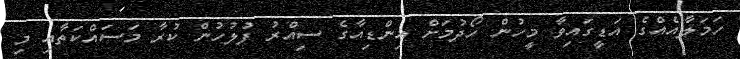
ހަމަލާއެއްގެ އަޑީގައިވާ މީހުން ހޯދުމަށް އިންޑިއާގެ ސިއްރު ފުލުހުން ކުރާ މަސައްކަތާއި މި